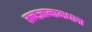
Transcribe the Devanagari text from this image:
तत्त्वज्ञानामधला